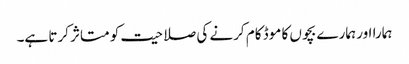
ہمارا اور ہمارے بچوں کا موڈ کام کرنے کی صلاحیت کو متاثر کرتا ہے۔